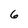
Character: 6